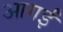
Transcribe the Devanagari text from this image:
आगईं